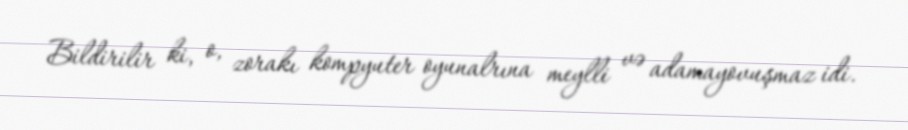
Bildirilir ki, o, zorakı kompyuter oyunalrına meylli və adamayovuşmaz idi.